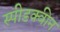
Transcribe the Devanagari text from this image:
स्पीडक्वीन